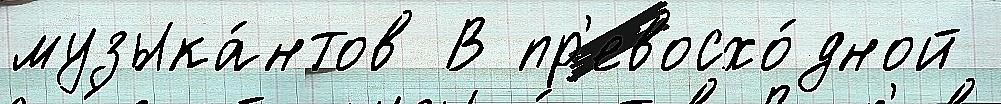
музыка́нтов В пр'евосхо́дной